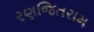
રણજિતરામ